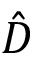
\hat { D }